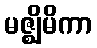
မဇ္ဈိမိကာ